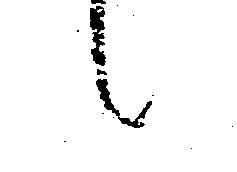
候